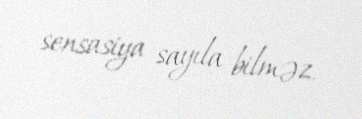
sensasiya sayıla bilməz.